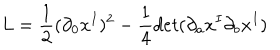
LaTeX: L = \frac { 1 } { 2 } ( \partial _ { 0 } x ^ { I } ) ^ { 2 } - \frac { 1 } { 4 } d e t ( \partial _ { a } x ^ { I } \partial _ { b } x ^ { I } )